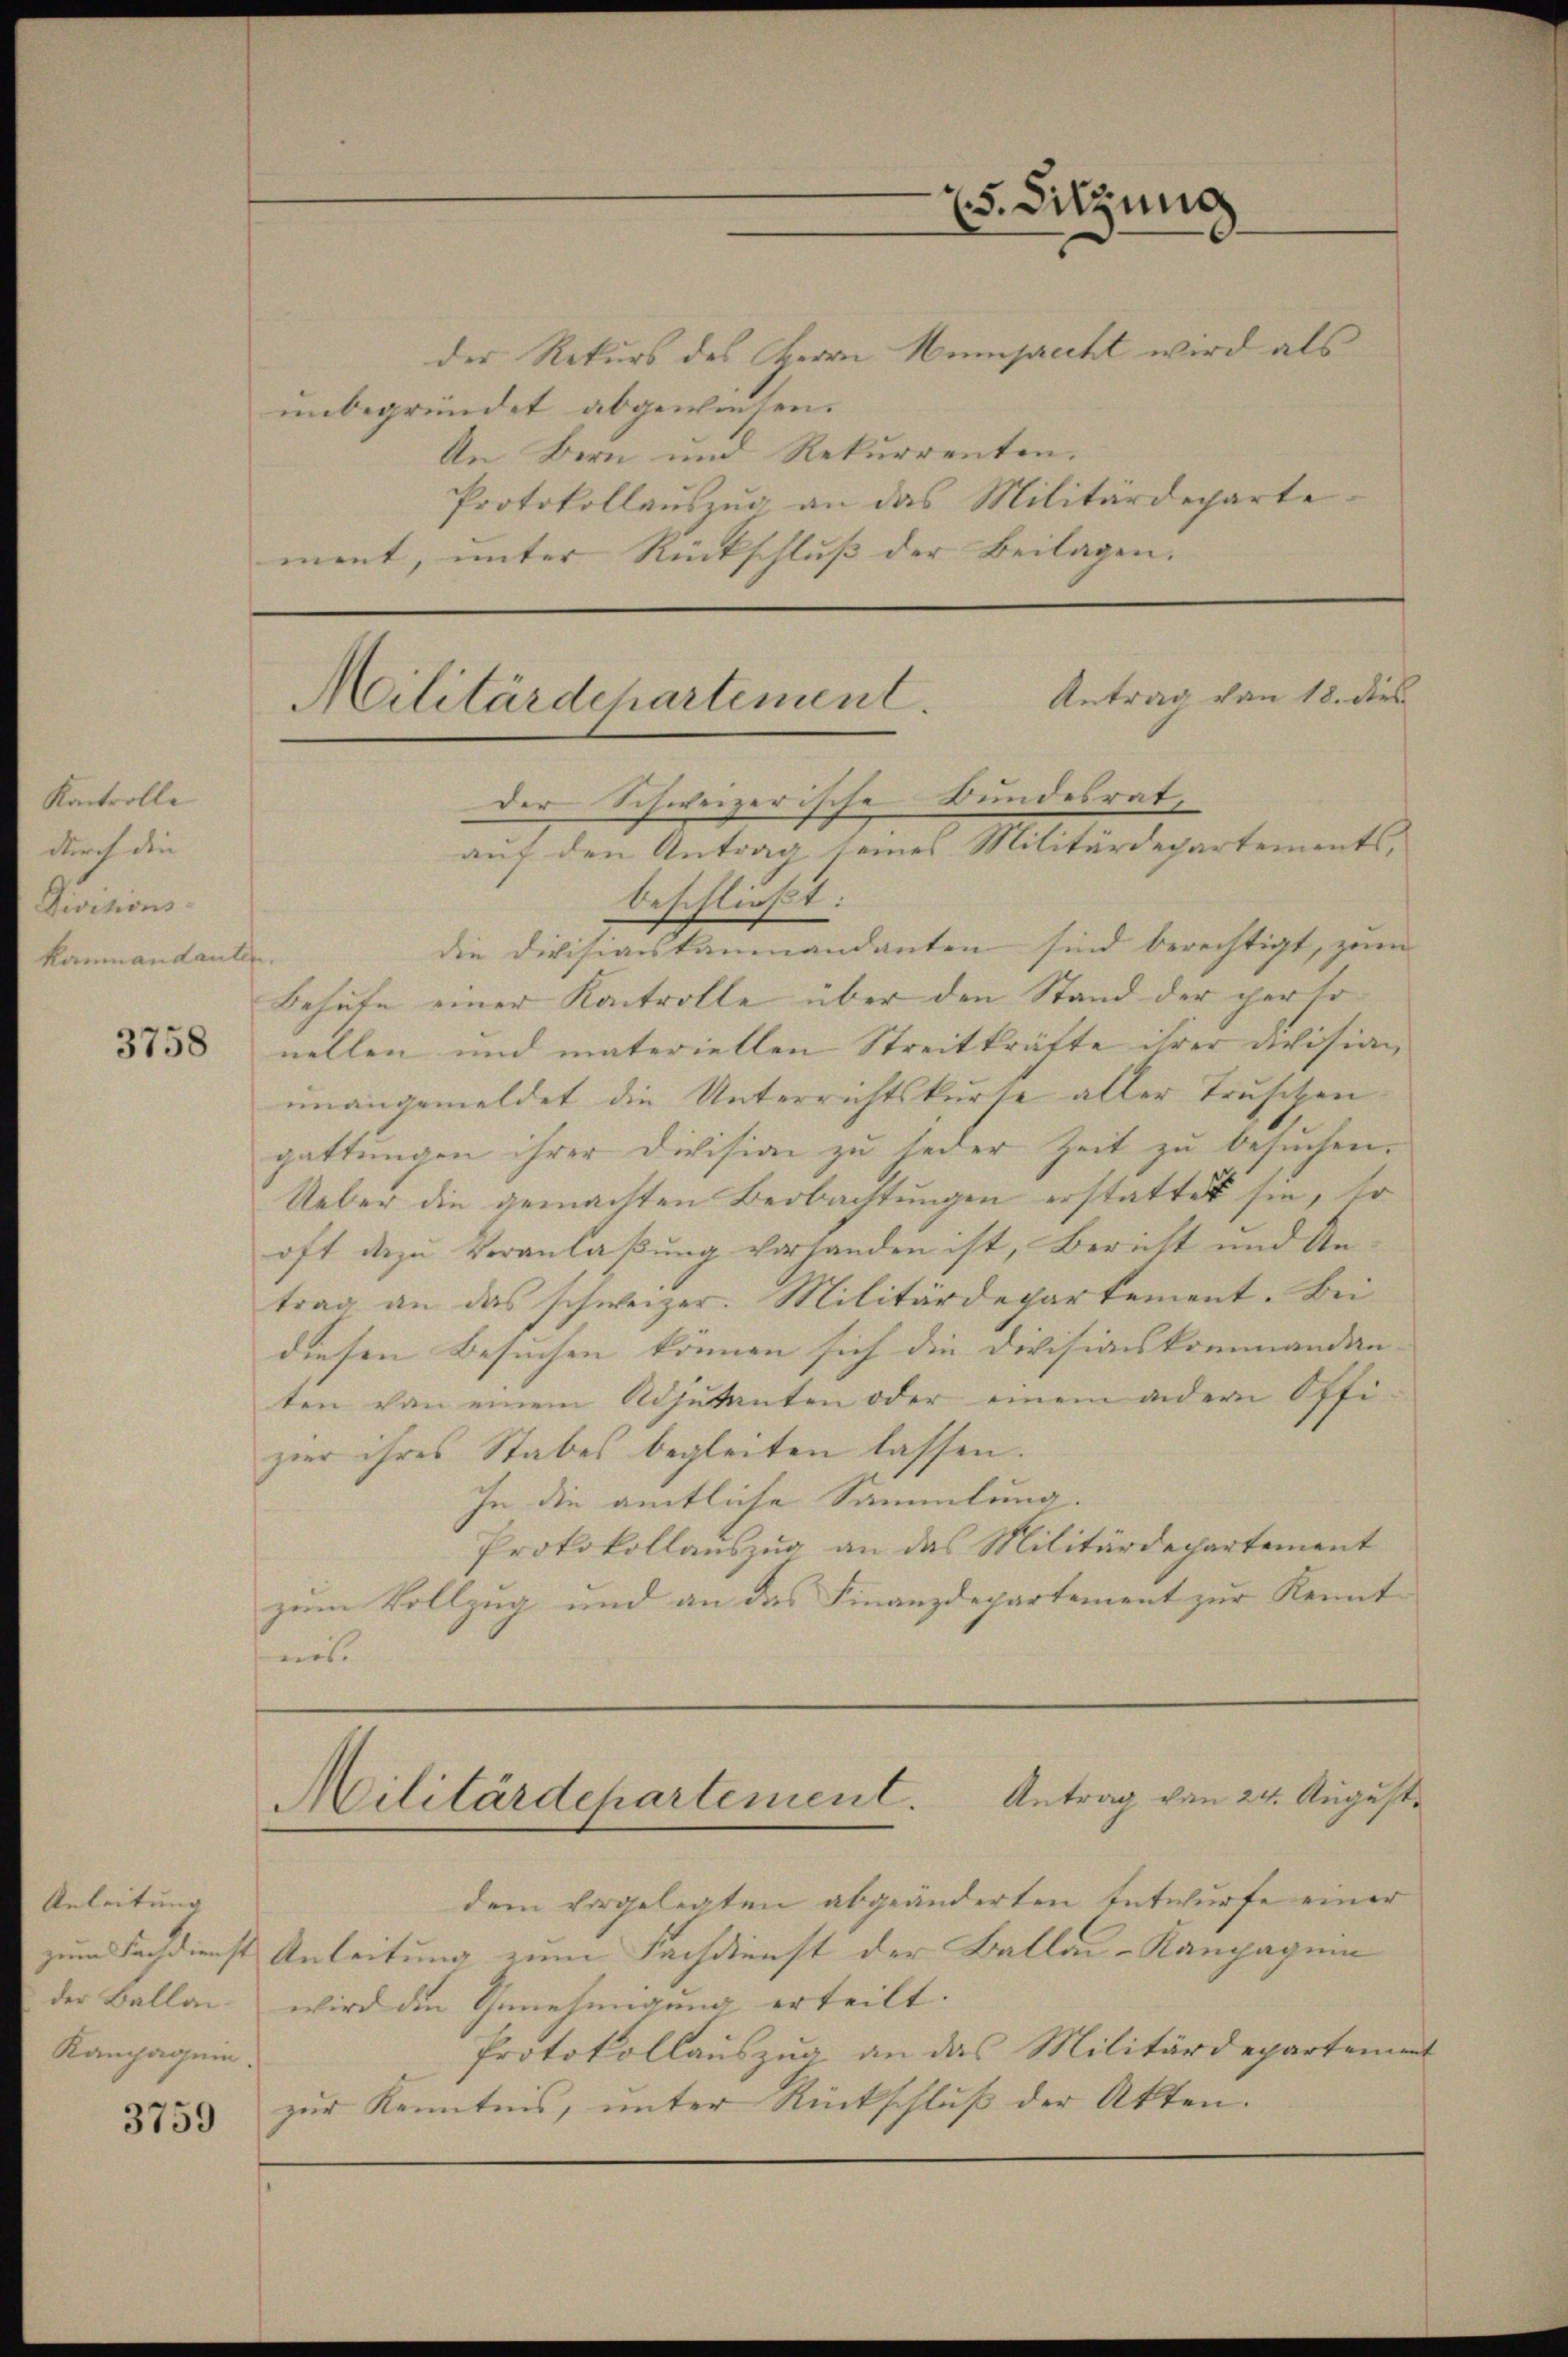
Kontrolle
durch die
Divitions-
kammandanten.

3758

Anleitung
der Ballai
Kanpagein.

3759

der Rekurs des Herrn Hamprecht wird als
unbegründet abgewiesen.
An Bern und Rekurrenten.
Protokollauszug an das Militärdeparte
ment, unter Rückschluß der Beilagen. |

Antrag von 18. dies
Militärdchartement
der Schweizerische Bundesrat,
auf den Antrag seines Militärdepartements,

beschließt:
die Divisionskammandanten sind berechtigt, zum
Behufe einer Kontrolle über den Stand der personellen und materiellen Streitkräfte ihrer Division
unangemeldet die Unterrichtskurse aller Truschen
gattungen ihrer Division zu jeder Zeit zu besuchen.
Ueber die gemachten Beobachtungen erstattet sie, so
oft dazu Veranlaßung vorhanden ist, Bericht und Antrag an das schweizer. Militärdepartement. Bei
diesen Besuchen können sich die Divisionskommandan- |
ten von einem Adjutanten oder einem anderen Offizier ihres Stabes begleiten lassen.
In die amtliche Sammlung.
Protokollauszug an das Militärdepartement
zum Vollzug und an das Finanzdepartement zur Kennt
wies

Militärdepartement. Antrag von 24. August.

5. Sitzung

dem vorgelegten abgeänderten Entwurfe einer
zum Fachdienst Anleitung zum Fachdienst der Ballai-Kaupagein
wird die Genehmigung erteilt.
Protokollauszug, an das Militärdepartement
zur Kenntnis, unter Rückschluß der Akten.